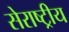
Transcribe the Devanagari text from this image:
सेराष्ट्रीय